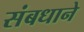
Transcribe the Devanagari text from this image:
संबधाने